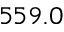
5 5 9 . 0